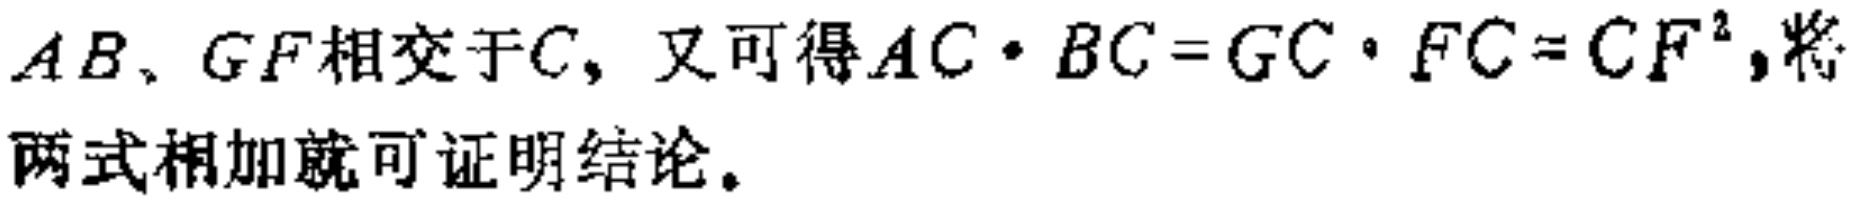
$AB、GF相交于C，又可得AC\cdot BC = GC\cdot FC = CF^{2}，将两式相加就可证明结论。$